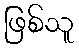
ဖြစ်သူ